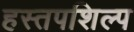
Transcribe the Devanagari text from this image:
हस्तपशिल्प